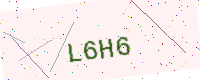
Text: L6H6